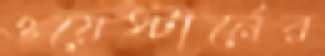
ওয়েস্টার্নের